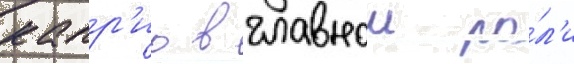
капр'ио в главнои ро́л'и